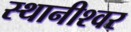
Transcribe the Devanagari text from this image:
स्थानीश्वर